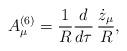
LaTeX: \begin{align*}A^{(6)}_{\mu}={1 \over R} {d \over d\tau}\, {\dot{z}_{\mu} \over R},\end{align*}